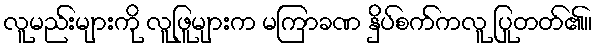
လူမည်းများကို လူဖြူများက မကြာခဏ နှိပ်စက်ကလူ ပြုတတ်၏။